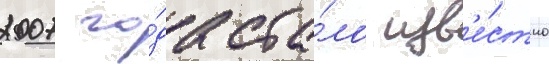
2007 го́да ста́ло изв'е́стно